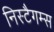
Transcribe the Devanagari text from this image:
निस्टैगम्स